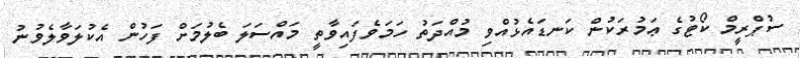
ސުޕްރީމް ކޯޓުގެ ޢަމުރަކުން ކަނޑައެޅުއްވި މުއްދަތު ހަމަވެފައިވާތީ މައްސަލަ ބެލުމަށް ފަހުން އެކުލަވާލެވުނު